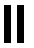
။